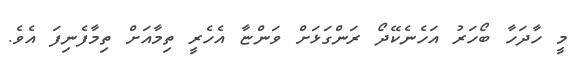
މީ ހާދަހާ ބޯހަރު އަހެނެކޭދޯ ރަންގަޅަށް ވަންޏާ އެހެރީ ތިމާއަށް ތިމާފެނިފަ އެވެ.